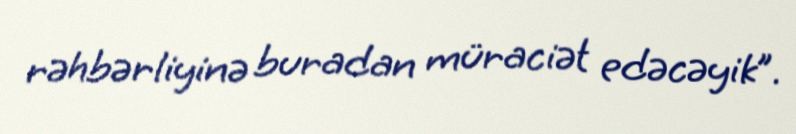
rəhbərliyinə buradan müraciət edəcəyik”.